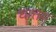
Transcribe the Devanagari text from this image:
धात्तम्‌